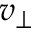
v _ { \perp }